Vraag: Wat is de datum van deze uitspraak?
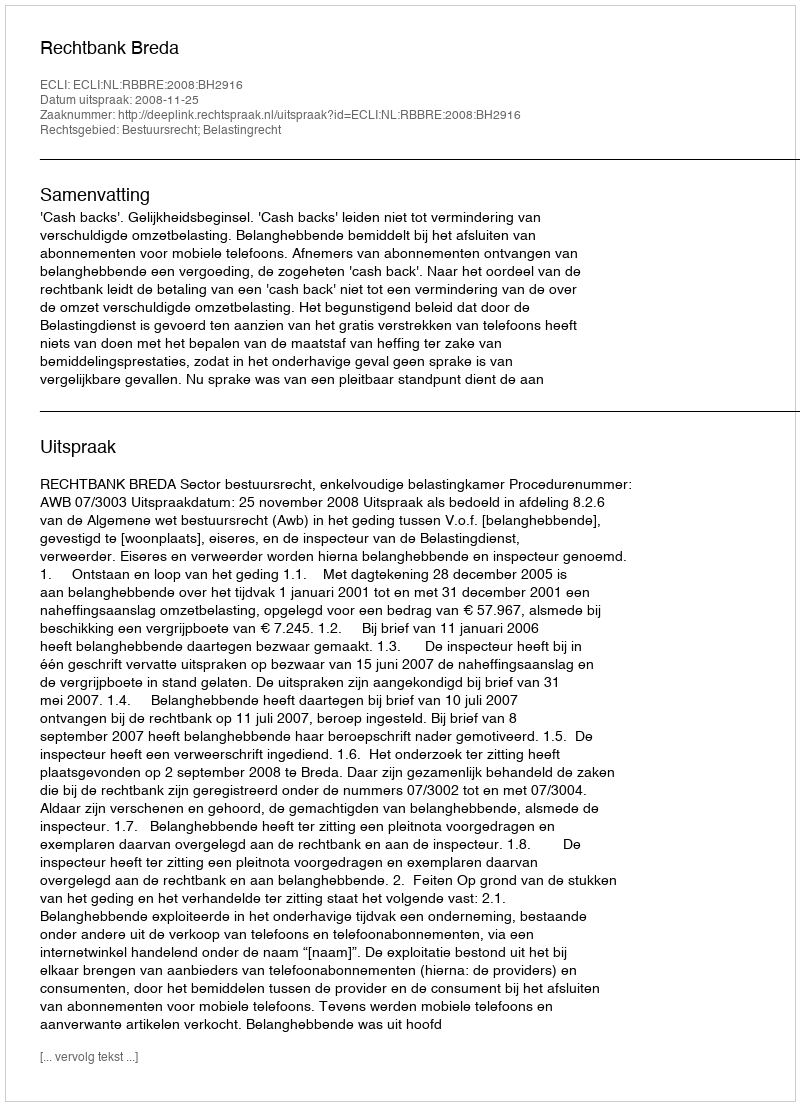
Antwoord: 2008-11-25